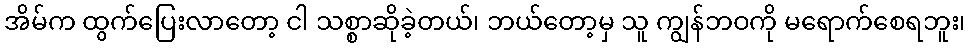
အိမ်က ထွက်ပြေးလာတော့ ငါ သစ္စာဆိုခဲ့တယ်၊ ဘယ်တော့မှ သူ ကျွန်ဘဝကို မရောက်စေရဘူး၊